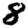
Digit: 8